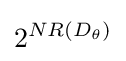
2^{NR(D_{\theta })}